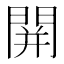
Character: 䦕